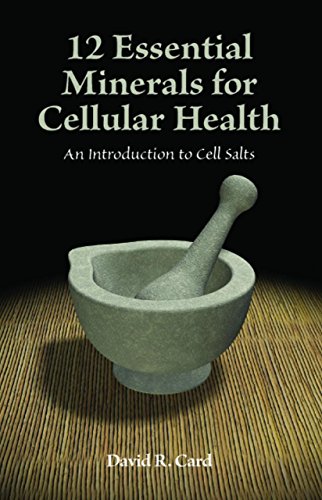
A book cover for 12 Essential Minerals for Cellular Health: An Introduction To Cell Salts; David Card; Health, Fitness & Dieting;